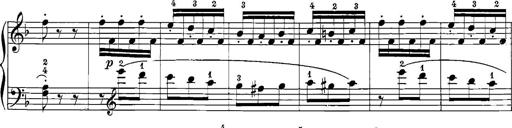
Title: 12 Sonatinas
Composer: Ignaz Pleyel